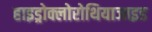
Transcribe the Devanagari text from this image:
हाइड्रोक्लोरोथियाजाइड